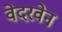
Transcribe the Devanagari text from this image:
वेदरवेन